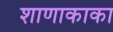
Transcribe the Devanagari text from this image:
शाणाकाका